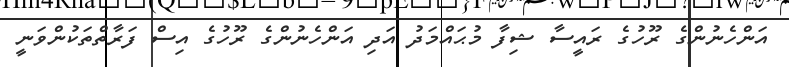
އަންހެނުންގެ ރޫހުގެ ރައީސާ ޝިފާ މުޙައްމަދު އަދި އަންހެނުންގެ ރޫހުގެ އިސް ފަރާތްތަކުންވަނީ